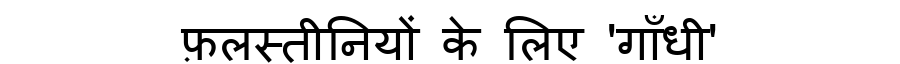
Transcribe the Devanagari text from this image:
फ़लस्तीनियों के लिए 'गाँधी'